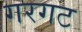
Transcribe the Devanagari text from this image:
गरगट